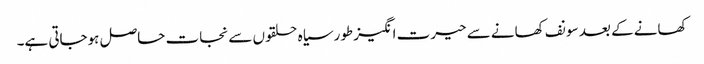
کھانے کے بعد سونف کھانے سے حیرت انگیز طورسیاہ حلقوں سے نجات حاصل ہوجاتی ہے۔